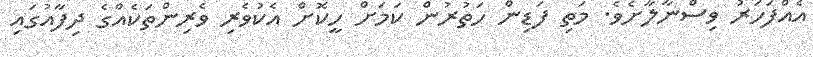
އެއްފަހަރު ވިސްނާލާށެވެ. މަތި ފަޑިން ހަތުރުން ކަމަށް ހީކޮށް އެކުވެރި ވެރިންތަކެއްގެ ދިފާއުގައި